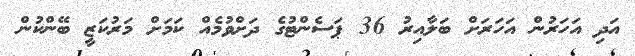
އަދި އަހަރުން އަހަރަށް ބަލާއިރު 36 ޕަސެންޓުގެ ދަށްވުމެއް ކަމަށް މަރުކަޒީ ބޭންކުން